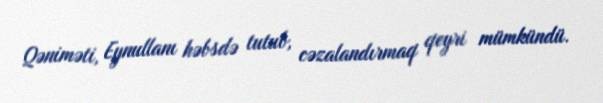
Qəniməti, Eynullanı həbsdə tutub, cəzalandırmaq qeyri mümkündü.